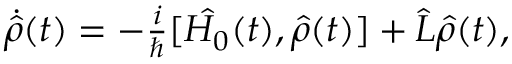
\begin{array} { r } { \dot { \hat { \rho } } ( t ) = - \frac { i } { \hslash } [ \hat { H _ { 0 } } ( t ) , \hat { \rho } ( t ) ] + \hat { L } \hat { \rho } ( t ) , } \end{array}